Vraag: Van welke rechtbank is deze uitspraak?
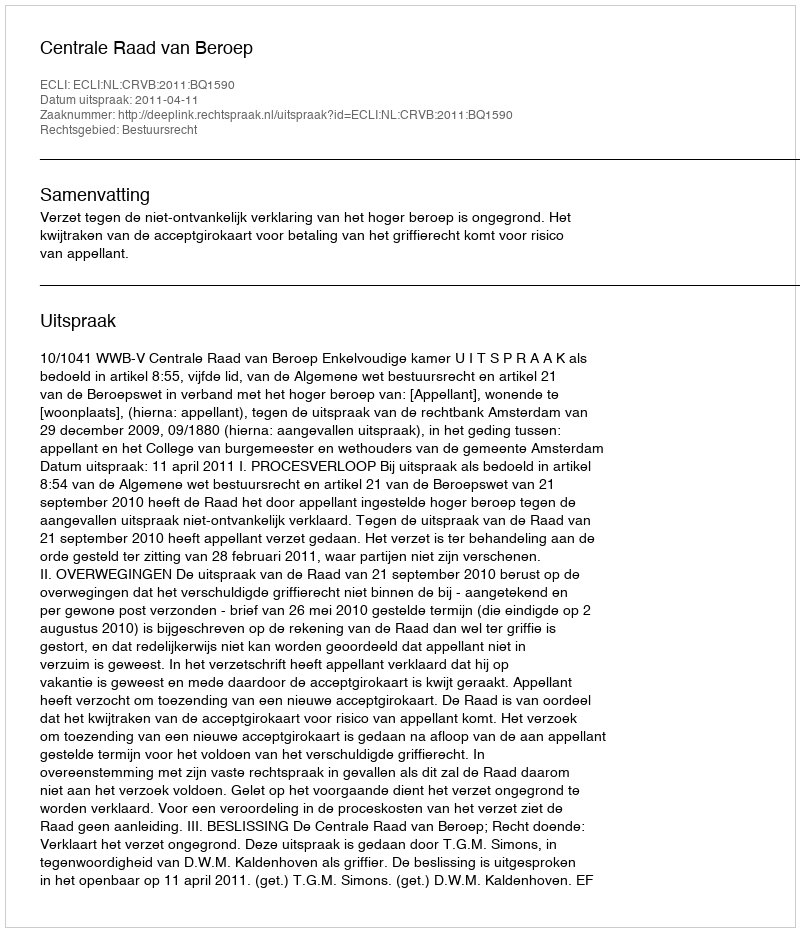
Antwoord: Centrale Raad van Beroep